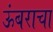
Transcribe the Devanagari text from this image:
ऊंबराचा